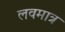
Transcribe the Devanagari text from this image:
लवमात्र